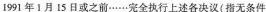
1991年1月15日或之前……完全执行上述各决议(指无条件